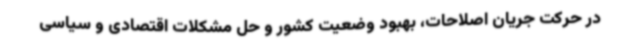
در حرکت جریان اصلاحات، بهبود وضعیت کشور و حل مشکلات اقتصادی و سیاسی